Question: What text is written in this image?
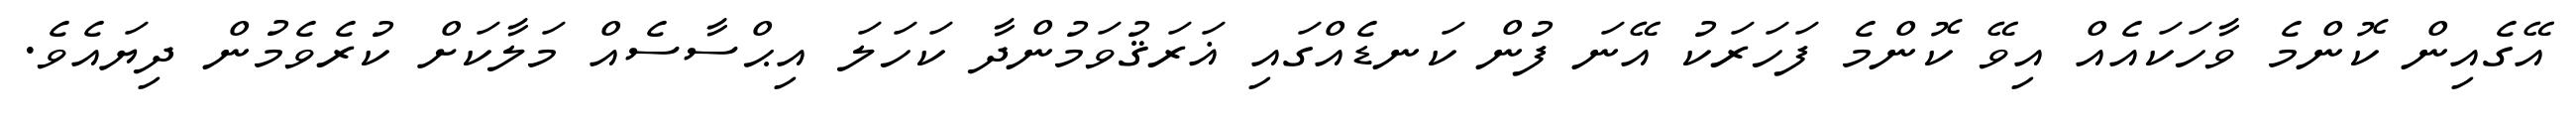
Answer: އޭގެއިން ކޮންމެ ވާހަކައެއް އިވޭ ކޮންމެ ފަހަރަކު އޭނަ ފުން ކަނޑެއްގައި ޣަރަޤުވަމުންދާ ކަހަލަ އިޙްސާސެއް މަލާކަށް ކުރެވެމުން ދިޔައެވެ.